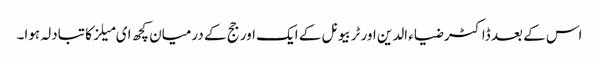
اس کے بعد ڈاکٹر ضیاء الدین اور ٹربیونل کے ایک اور جج کے درمیان کچھ ای میلز کا تبادلہ ہوا۔